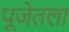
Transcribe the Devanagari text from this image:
पूजेतला